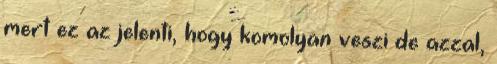
mert ez az jelenti, hogy komolyan veszi de azzal,